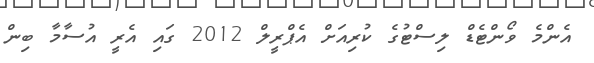
އެންމެ ވޯންޓެޑް ލިސްޓުގެ ކުރިއަށް އެޕްރީލް 2012 ގައި އެރީ އުސާމާ ބިން